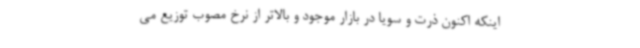
اینکه اکنون ذرت و سویا در بازار موجود و بالاتر از نرخ مصوب توزیع می